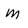
Character: M